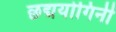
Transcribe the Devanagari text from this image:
छद्मयोगिनी